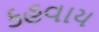
કહવાય